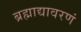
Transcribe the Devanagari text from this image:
ब्रह्माद्यावरणं